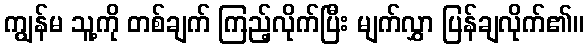
ကျွန်မ သူ့ကို တစ်ချက် ကြည့်လိုက်ပြီး မျက်လွှာ ပြန်ချလိုက်၏။